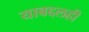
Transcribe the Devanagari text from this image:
याबद्दलही